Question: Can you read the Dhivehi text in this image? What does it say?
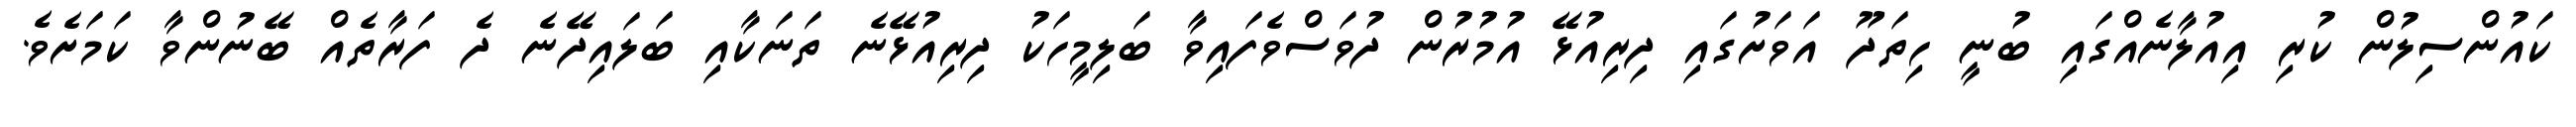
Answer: ކައުންސިލުން ކުރި އިއުލާނެއްގައި ބުނީ ހިތަދޫ އަވަށުގައި ދިރިއުޅޭ އުމުރުން ދުވަސްވެފައިވާ ބަލިމީހަކު ދިރިއުޅޭނެ ތަނަކާއި ބަލައިދޭނެ ދެ ފަރާތެއް ބޭނުންވާ ކަމަށެވެ.